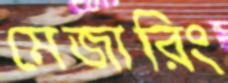
মেজারিং